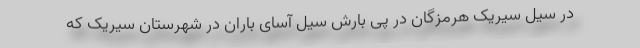
در سیل سیریک هرمزگان در پی بارش سیل آسای باران در شهرستان سیریک که